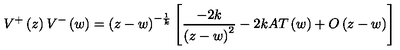
V ^ { + } \left( z \right) V ^ { - } \left( w \right) = \left( z - w \right) ^ { - \frac 1 k } \left[ \frac { - 2 k } { \left( z - w \right) ^ { 2 } } - 2 k A T \left( w \right) + O \left( z - w \right) \right]